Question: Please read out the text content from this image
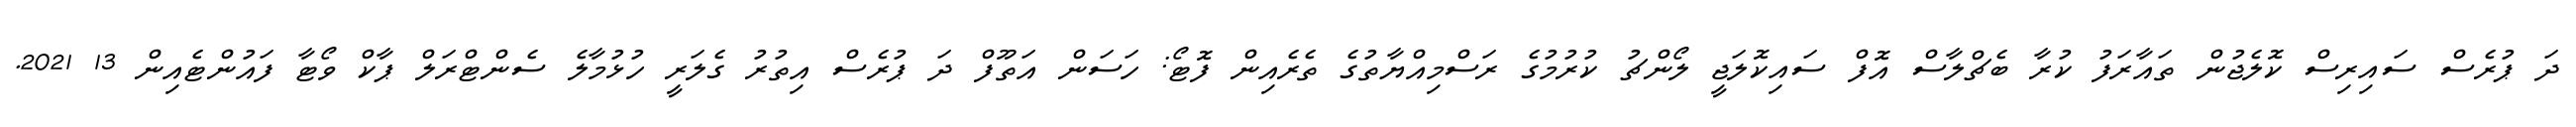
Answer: ދަ ޕުރެސް ސައިރިސް ކޮލެޖުން ތައާރަފު ކުރާ ބެޗްލާސް އޮފް ސައިކޮލަޖީ ލޯންޗު ކުރުމުގެ ރަސްމިއްޔާތުގެ ތެރެއިން ފޮޓޯ: ހަސަން އަތޫފް ދަ ޕުރެސް އިތުރު ގެލަރީ ހުޅުމާލެ ސެންޓްރަލް ޕާކް ވޯޓާ ފައުންޓެއިން 13 2021.